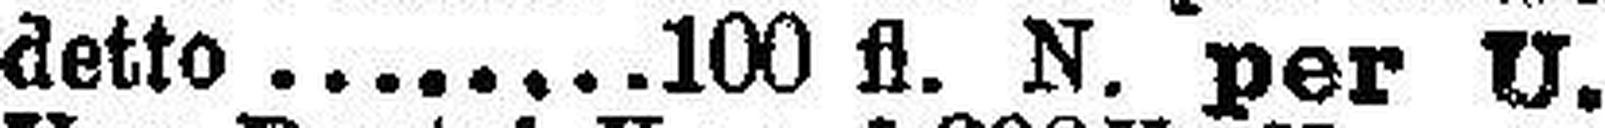
detto 100 fl. N. per U. 4%